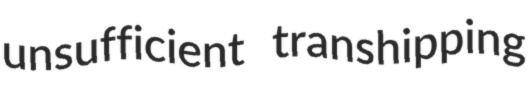
unsufficient transhipping